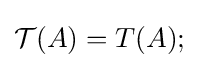
{\mathcal {T}}(A)=T(A);